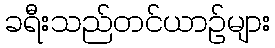
ခရီးသည်တင်ယာဉ်များ